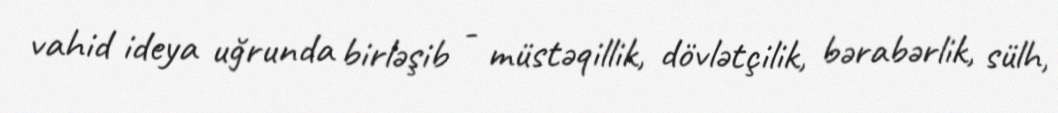
vahid ideya uğrunda birləşib - müstəqillik, dövlətçilik, bərabərlik, sülh,